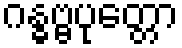
ဂန္ဓဗ္ဗပုတ္တော